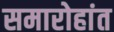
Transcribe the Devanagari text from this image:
समारोहांत